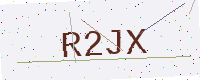
Text: R2JX